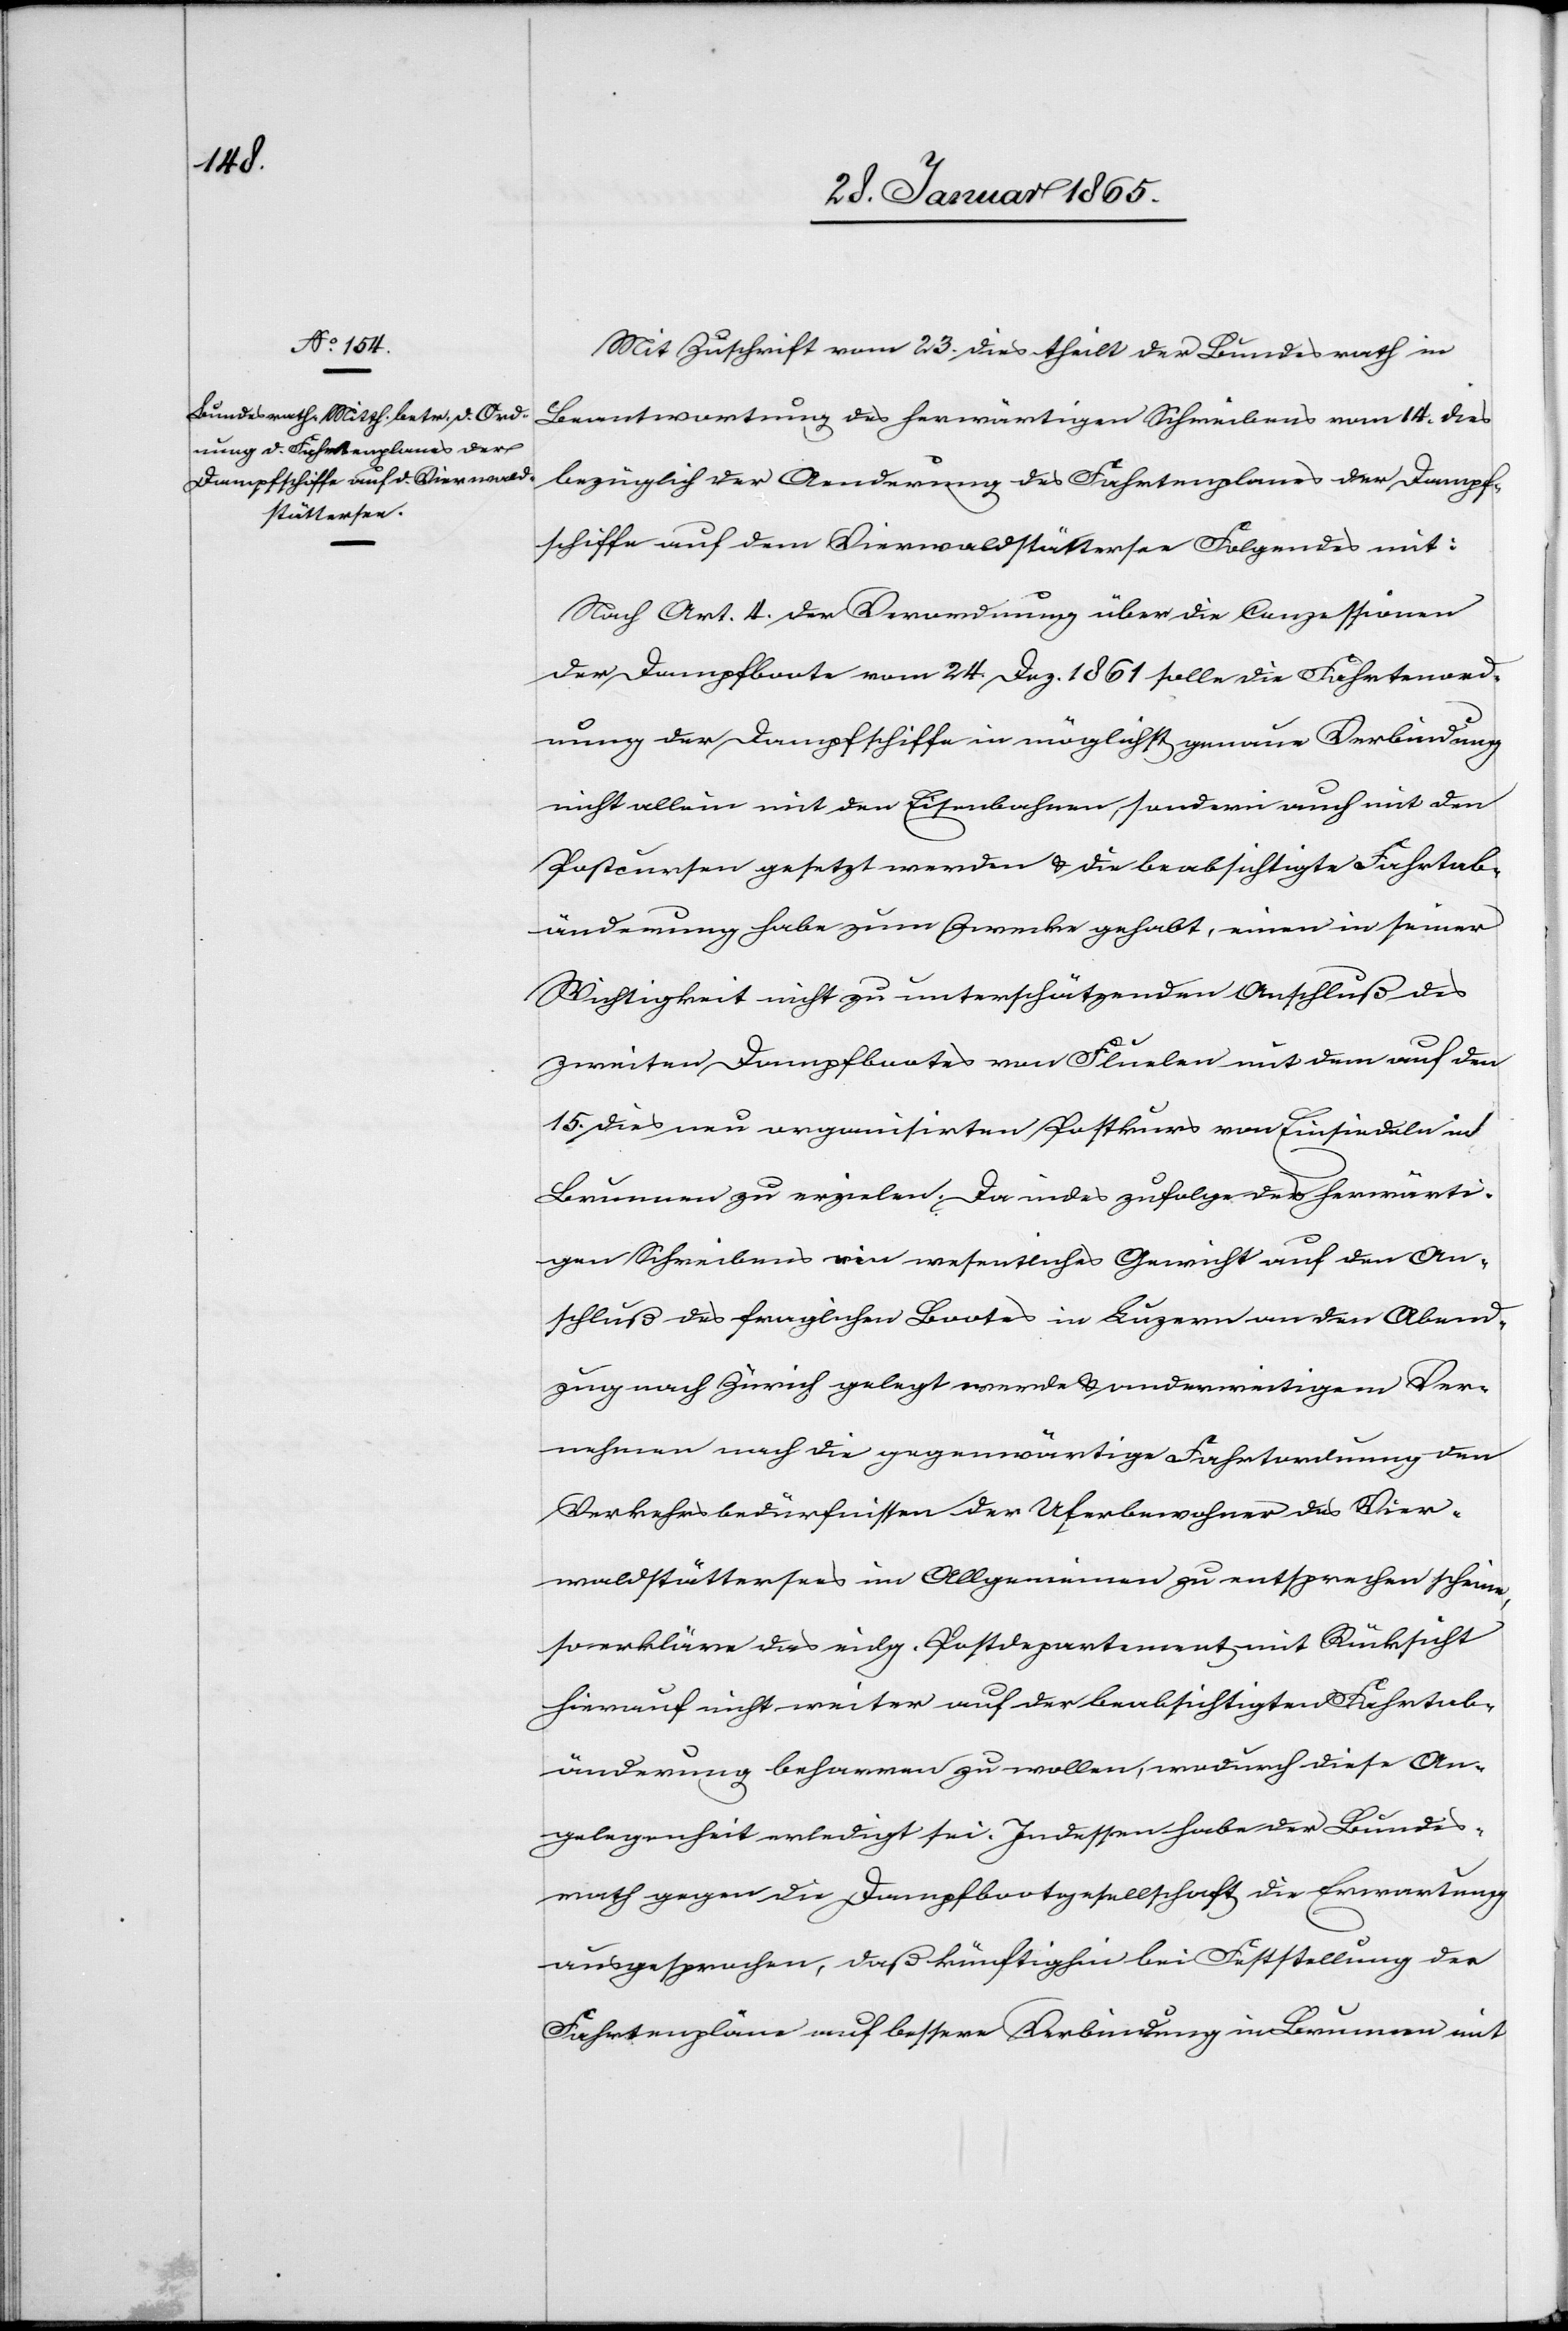
Mit Zuschrift vom 23. dies theilt der Bundesrath in
Beantwortung des herwärtigen Schreibens vom 14. dies
bezüglich der Aenderung des Fahrtenplanes der Dampf¬
schiffe auf dem Vierwaldstättersee Folgendes mit:
Nach Art. 4. der Verordnung über die Conzessionen
der Dampfboote vom 24. Dez. 1861 solle die Fahrtenord¬
nung der Dampfschiffe in möglichst genaue Verbindung
nicht allein mit den Eisenbahnen, sondern auch mit den
Postcursen gesetzt werden u. die beabsichtigte Fahrtab¬
änderung habe zum Zwecke gehabt, einen in seiner
Wichtigkeit nicht zu unterschätzenden Anschluß des
zweiten Dampfbootes von Fluelen mit dem auf den
15. dies neu organisirten Postkurs von Einsiedeln in
Brunnen zu erzielen. Da indes zufolge des herwärti¬
gen Schreibens ein wesentliches Gewicht auf den An¬
schluß des fraglichen Bootes in Luzern an den Abend¬
zug nach Zürich gelegt werde u. anderweitigem Ver¬
nehmen nach die gegenwärtige Fahrtordnung den
Verkehrsbedürfnissen der Uferbewohner des Vier¬
waldstättersees im Allgemeinen zu entsprechen scheine,
so erkläre das eidg. Postdepartement mit Rücksicht
hierauf nicht weiter auf der beabsichtigten Fahrtab¬
änderung beharren zu wollen, wodurch diese An¬
gelegenheit erledigt sei. Indessen habe der Bundes¬
rath gegen die Dampfbootgesellschaft die Erwartung
ausgesprochen, daß künftighin bei Feststellung der
Fahrtenpläne auf bessere Verbindung in Brunnen mit